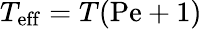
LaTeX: T_{\mathrm{eff}}=T(\mathrm{Pe}+1)